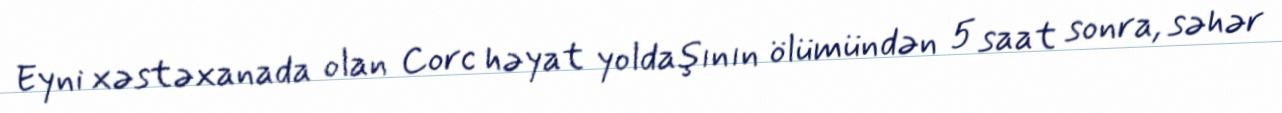
Eyni xəstəxanada olan Corc həyat yoldaşının ölümündən 5 saat sonra, səhər